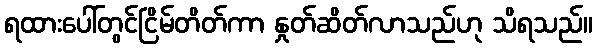
ရထားပေါ်တွင်ငြိမ်တိတ်ကာ နှုတ်ဆိတ်လာသည်ဟု သိရသည်။